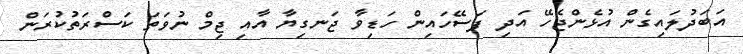
އަބަދުލައިގެން އުޅެންޖެހޭ އަދި ފަސޭހައިން ހަޑިވާ ޖަނގިޔާ އާއި ޖިމް ނުވަތަ ކަސްރަތުކުރަން